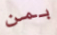
بمن